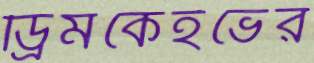
ড্রিমকেইভের